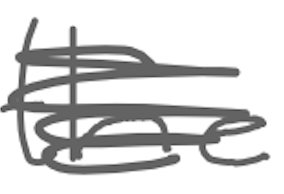
Text: the
Cross-out: scratch
Writing tool: digital_gray